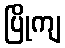
ပြိုကျ